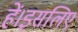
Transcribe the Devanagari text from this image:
हें।इसलिए